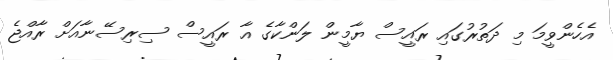
އެހެންވީމަ މި ދަތުރުގައި ރައީސް ޔާމީން ލަންކާގެ އާ ރައީސް ސިރިސޭނާއަށް ރާއްޖެ